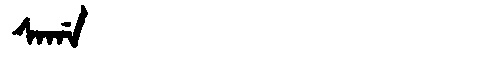
Manchu: ᠰᠠᡤᠠ
Romanization: SAGA